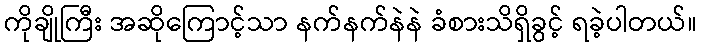
ကိုချိုကြီး အဆိုကြောင့်သာ နက်နက်နဲနဲ ခံစားသိရှိခွင့် ရခဲ့ပါတယ်။